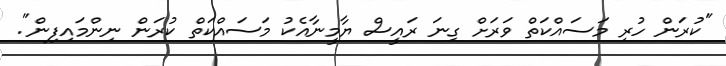
"ކުރަން ހުރި މަސައްކަތް ވަަރަށް ގިނަ ރައީސް ޔާމީނާއެކު މަސައްކަތް ކުރަން ނިންމައިފިން".